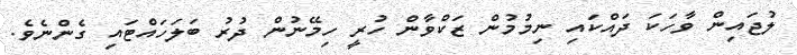
ލުޖައިން ވާހަކަ ދައްކައި ނިމުމުން ޒަކްވާން ހުރީ ހިމޭނުން ދުރު ބަލަހައްޓައި ގެންނެވެ.